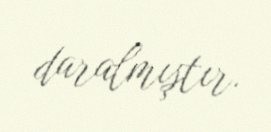
daralmıştır.